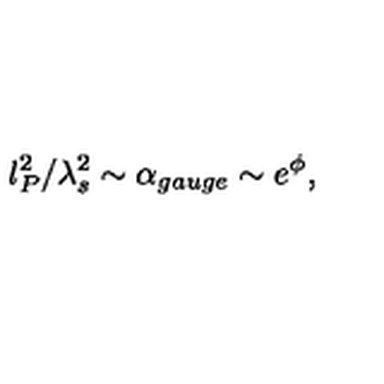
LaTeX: l _ { P } ^ { 2 } / \lambda _ { s } ^ { 2 } \sim \alpha _ { g a u g e } \sim e ^ { \phi } ,